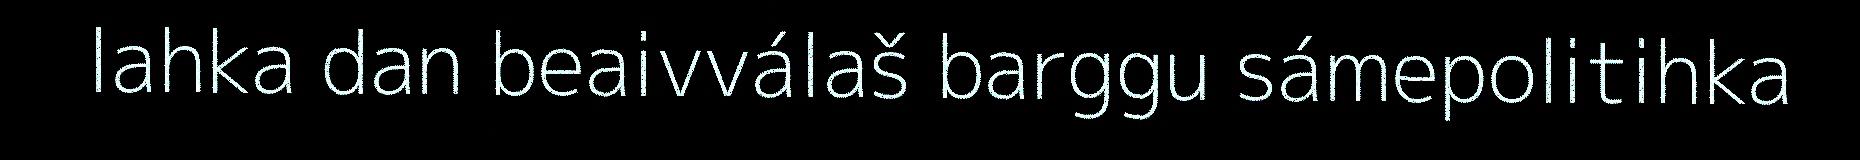
lahka dan beaivválaš barggu sámepolitihka